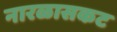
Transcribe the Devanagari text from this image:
नारळासकट